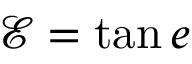
\mathcal { E } = \tan e